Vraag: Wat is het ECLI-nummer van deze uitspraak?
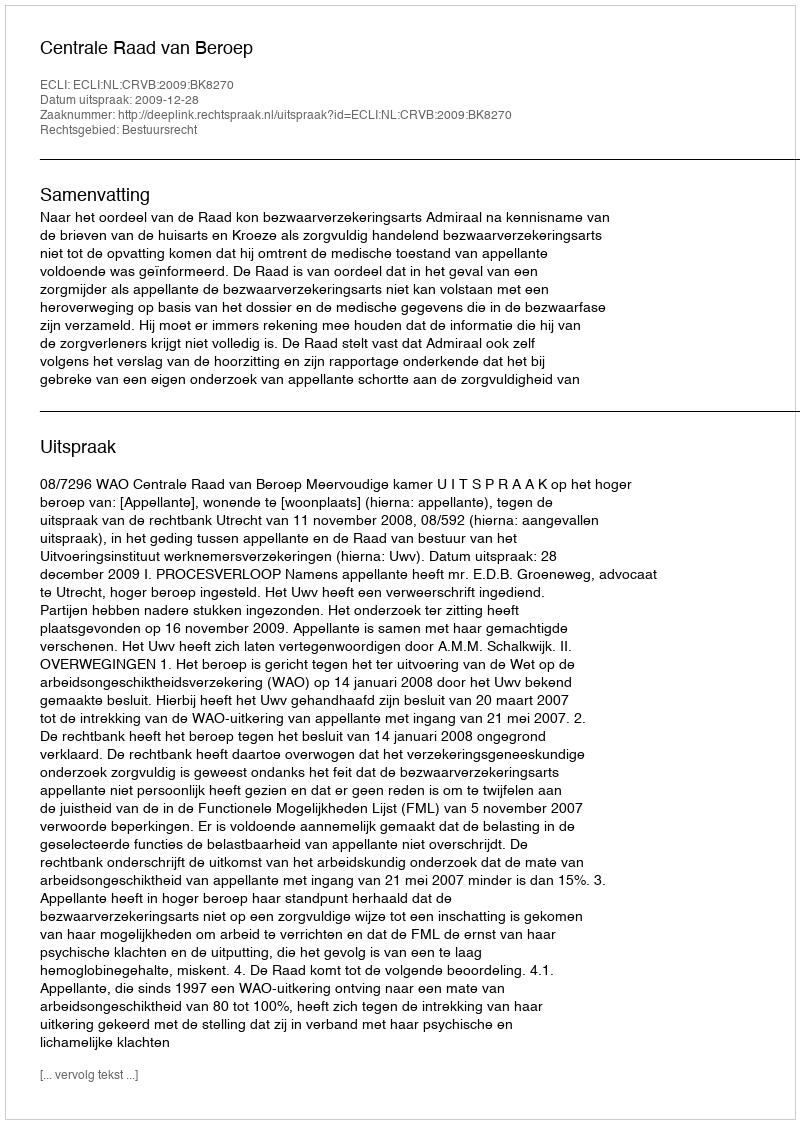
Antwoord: ECLI:NL:CRVB:2009:BK8270